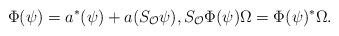
LaTeX: \begin{gather*}\Phi(\psi) =a^{\ast}(\psi)+a(S_{\mathcal{O}}\psi),S_{\mathcal{O}}\Phi(\psi)\Omega =\Phi(\psi)^{\ast}\Omega.\end{gather*}